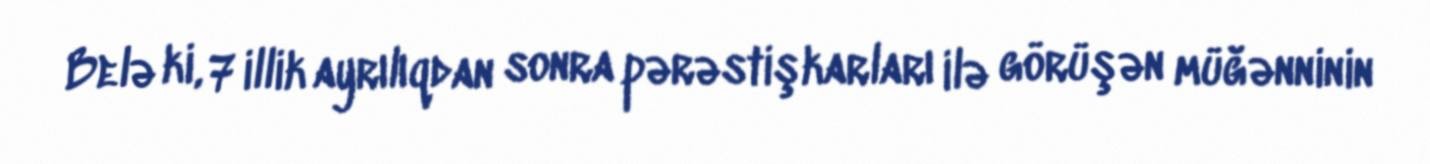
Belə ki, 7 illik ayrılıqdan sonra pərəstişkarları ilə görüşən müğənninin